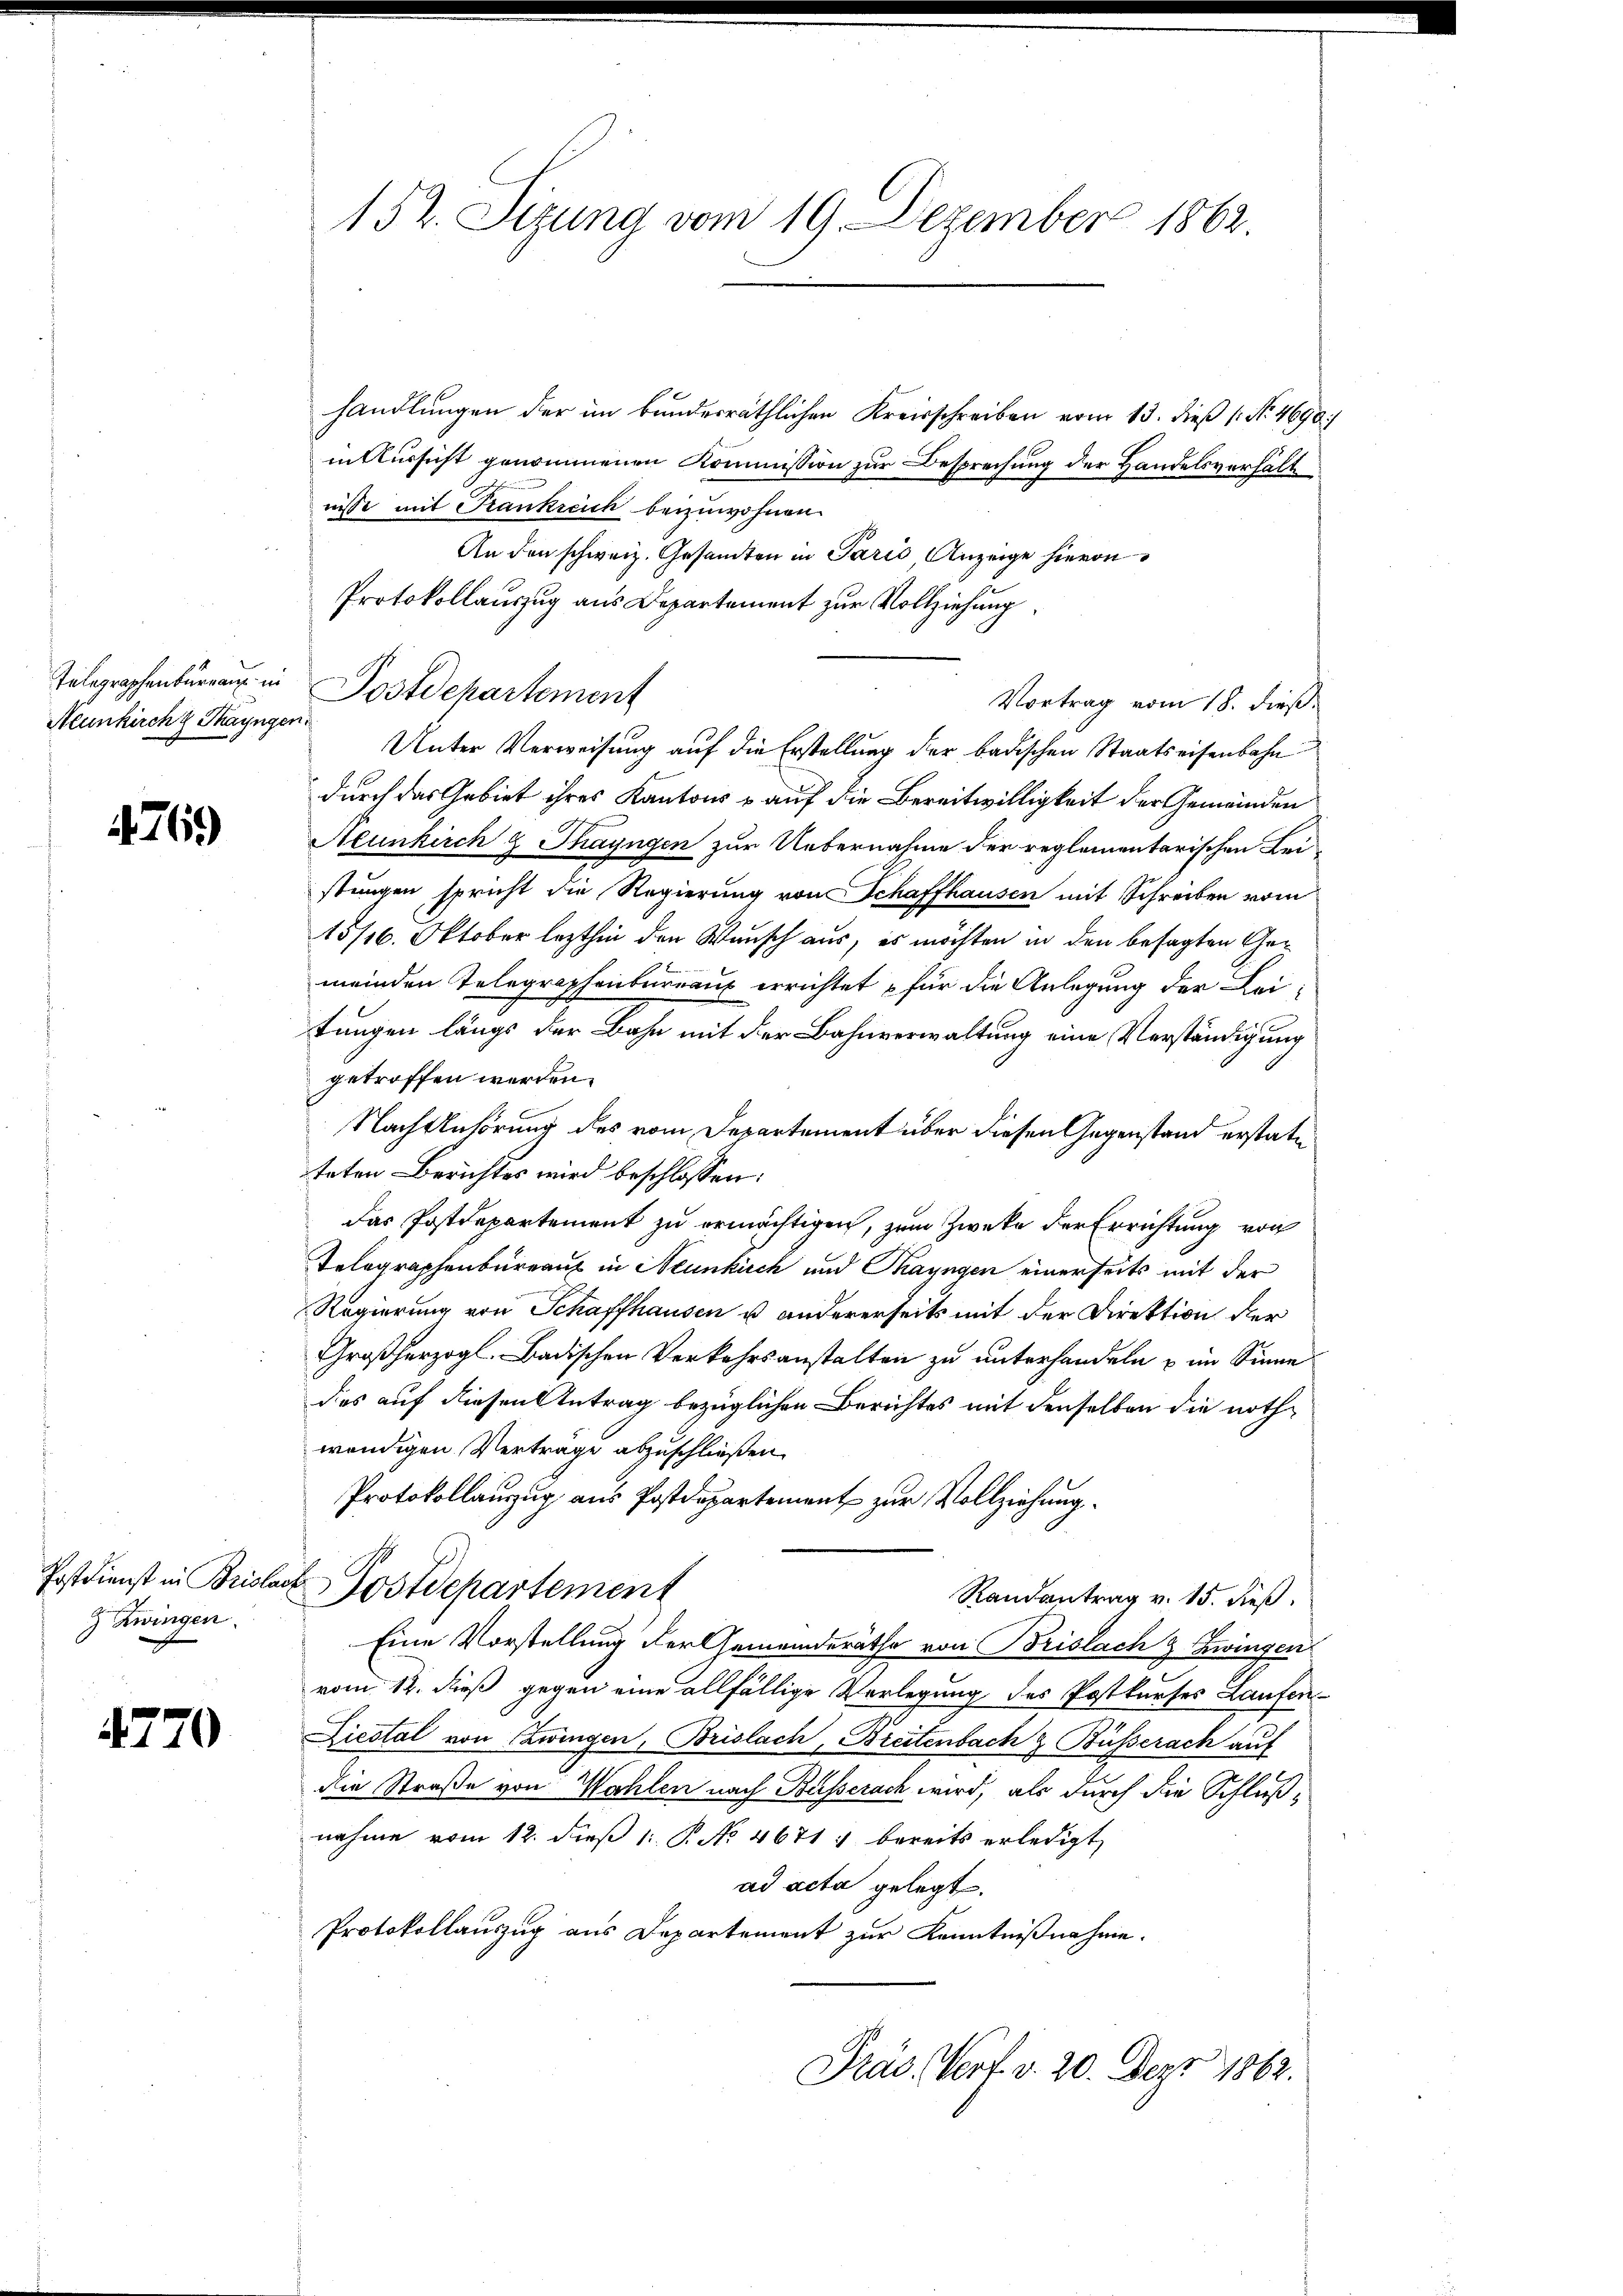
Neunkirch Thayngen.

4769

& Zwingen.

handlungen der im bunderräthlichen Kreisschreiben vom 13. dieß (No. 4690)
in Aussicht genommenen Kommission zur Besprechung der Handelsverhält
nisse mit Frankreich beizuwohnen.
An den schweiz. Gesandten in Paris Anzeige hievon
Protokollauszug aus Departement zur Vollziehung
Telegraphenbürgen in Postdepartement
Vortrag vom 18. dieß.
Unter Verweisung auf die Erstellung der badischen Staatseisenbahn
durch das Gebiet ihres Kantons - auf die Bereitwilligkeit der Gemeinden
Neunkirch & Thayngen zur Uebernahme der reglementarischen Leistungen spricht die Regierung von Schaffhausen mit Schreiben vom
15/16. Oktober lezthin den Wunsch aus, es möchten in den besagten Gemeinden Telegraphenbureau errichtet für die Anlegung der Leitungen längs der Bahn mit der Bahnverwaltung eine Verständigung
getroffen werden.
Nachtuhörung des vom Departement über diesen Gegenstand erstate
teten Berichtes wird beschlossen:
Das Postdepartement zu ermächtigen, zum Zwecke der Errichtung von
Telegraphenbureau in Neunkich und Thayngen einerseits mit der
Regierung von Schaffhausen u andererseits mit der Direktion der
Großherzogl. Badischen Verkehrsanstalten zu unterhandeln u im Sinne
das auf diesen Antrag bezüglichen Berichtes mit denselben die nothwendigen Verträge abzuschließen.
Protokollauszug aus Postdepartement zur Vollziehung.
Postdienst in Brislach Postdepartement
Randantrag v. 15. dieß.
Eine Vorstellung der Gemeinderäthe von Brislach & Zwingen
vom 12. dieß gegen eine allfällige Vorlegung des Postkurses Laufen¬
Licstal von Zwingen, Brislach, Breitenbach z. Busserach auf
die Straße von Wahlen nach Busserach wird, als durch die Schlußnahme vom 12. dieß 1. P. No 4671) bereits erledigt,
ad acta gelegt.
Protokollauszug aus Departement zur Kenntnißnahme.
Präs. Vort. v. 20. Dez. 1862.

152. Sizung vom 19. Dezember 1862.